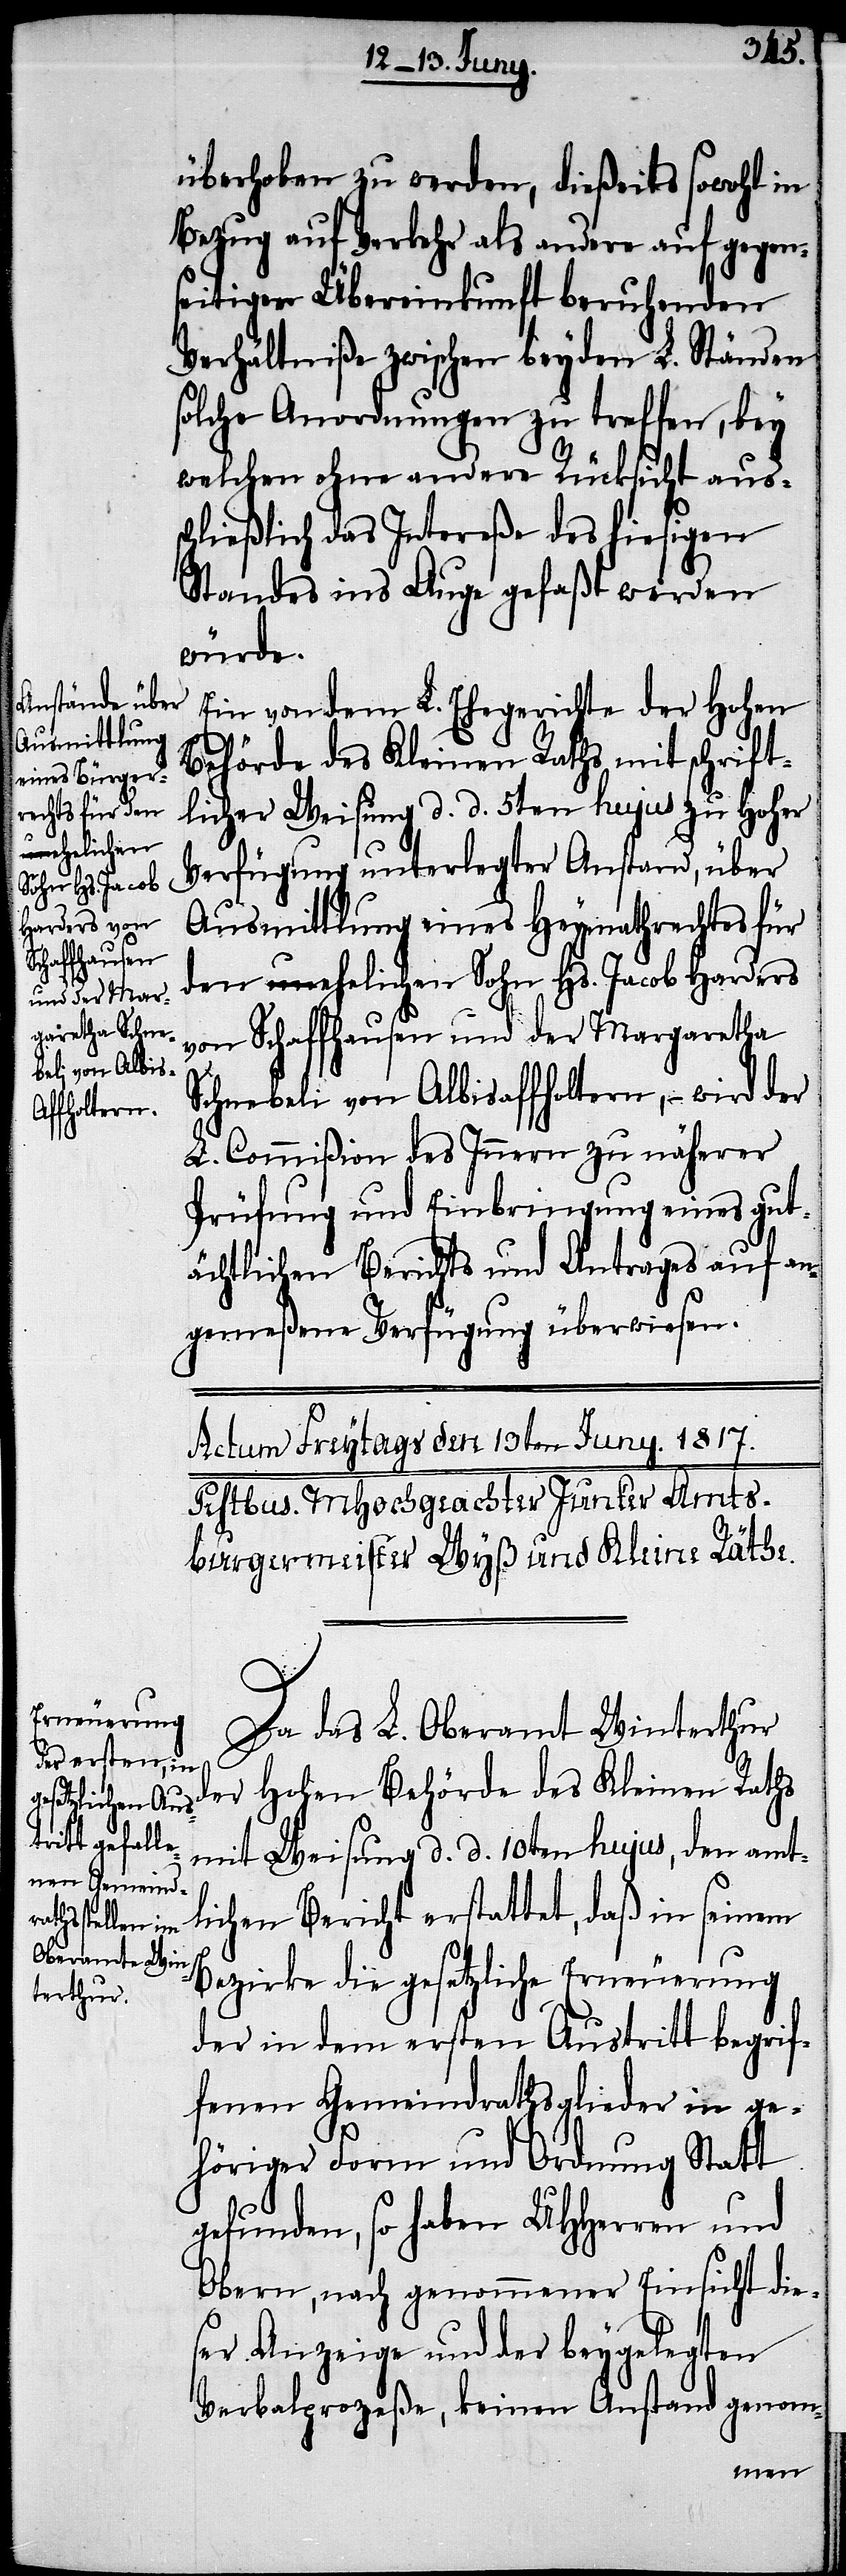
überhoben zu werden, dießeits sowohl in
Bezug auf Verkehr als andere auf gegen¬
seitigen Übereinkunft beruhenden
Verhältniße zwischen beyden L. Ständen
solche Anordnungen zu treffen, bey
welchen ohne andere Rücksicht auss¬
chließlich das Intereße des hiesigen
Standes ins Auge gefaßt werden
würde.
Ein von dem L. Ehegerichte der Hohen
Behörde des Kleinen Raths mit schrift¬
licher Weisung d. d. 5ten hujus zu Hoher
Verfügung unterlegter Anstand, über
Ausmittlung eines Heymathrechts für
den ehelichen Sohn Hs. Jacob Harders
von Schaffhausen und der Margaretha
Schnebeli von Albisaffoltern, – wird der
L. Commißion des Innern zu näherer
Prüfung und Einbringung eines gut¬
ächtlichen Berichts und Antrages auf an¬
gemeßene Verfügung überwiesen.
Da das L. Oberamt Winterthur
der Hohen Behörde des Kleinen Raths
mit Weisung d. d. 10ten hujus, den amt¬
lichen Bericht erstattet, daß in seinem
Bezirke die gesetzliche Erneuerung
der in dem ersten Austritt begrif¬
fenen Gemeindrathsglieder in ge¬
höriger Form und Ordnung Statt
gefunden, so haben UHHerren und
Obern, nach genommener Einsicht dies¬
er Anzeige und der beygelegten
Verbalprozeße, keinen Anstand genom-